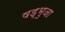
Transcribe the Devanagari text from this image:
षड्भुजा